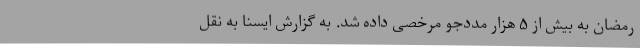
رمضان به بیش از ۵ هزار مددجو مرخصی داده شد. به گزارش ایسنا به نقل